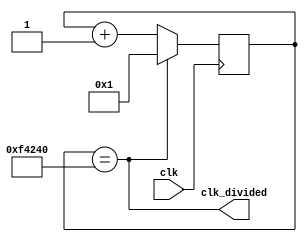
module level1_clk(clk, clk_divided
    );
    input clk;
    output clk_divided;
    
    reg [27:0] buffer = 1;
   
    assign clk_divided = buffer == 1000000;
    
    always @(posedge clk)
      if (buffer == 1000000)
        buffer <= 1;
      else
        buffer <= buffer+1;
endmodule